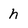
Character: h